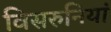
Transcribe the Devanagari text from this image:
विसरुनियां